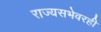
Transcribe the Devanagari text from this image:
राज्यसभेवरही